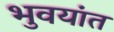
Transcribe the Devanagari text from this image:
भुवयांत